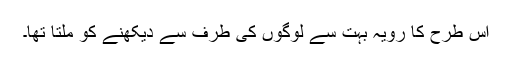
اس طرح کا رویہ بہت سے لوگوں کی طرف سے دیکھنے کو ملتا تھا۔